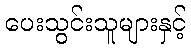
ပေးသွင်းသူများနှင့်